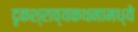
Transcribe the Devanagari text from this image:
दृकश्राव्यकथनामध्ये